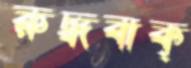
রুদ্ধবাক্